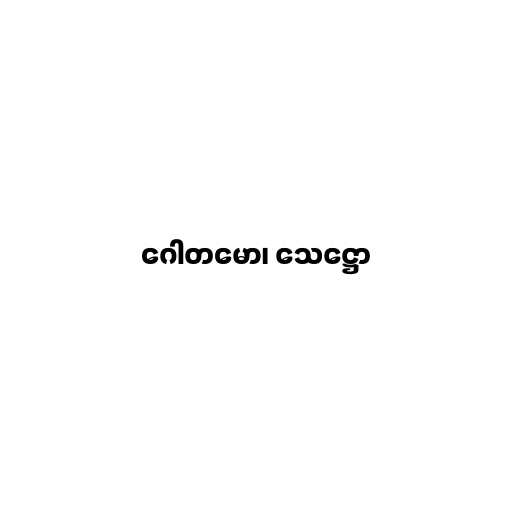
ဂေါတမော၊ သေဋ္ဌော